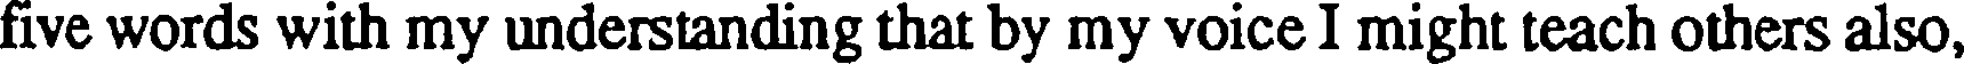
five words with my understanding that by my voice I might teach others also,